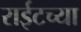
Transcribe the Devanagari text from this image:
राईटच्या